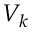
V _ { k }